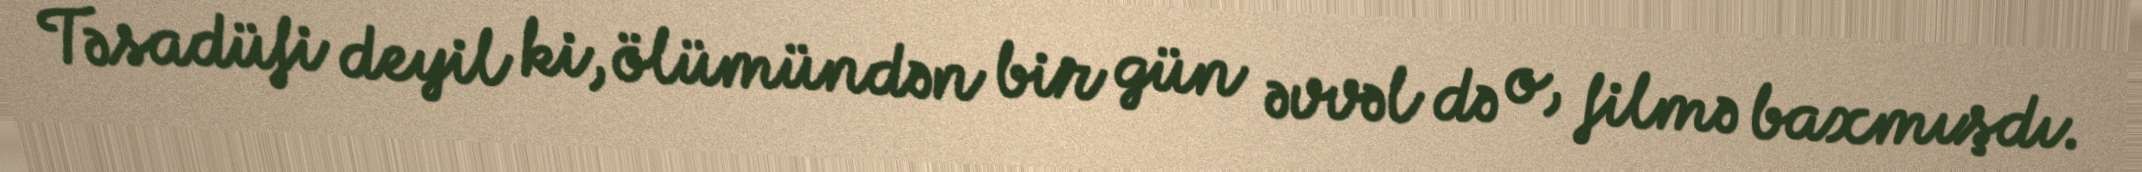
Təsadüfi deyil ki, ölümündən bir gün əvvəl də o, filmə baxmışdı.